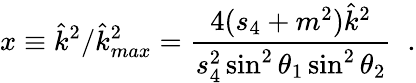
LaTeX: x\equiv\hat{k}^{2}/\hat{k}_{max}^{2}=\frac{4(s_{4}+m^{2})\hat{k}^{2}}{s_{4}^{2}\sin^{2}\theta_{1}\sin^{2}\theta_{2}}\; \; .